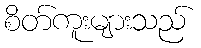
စိတ်ကူးများသည်